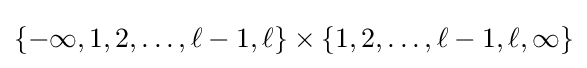
\{-\infty ,1,2,\ldots ,\ell -1,\ell \}\times \{1,2,\ldots ,\ell -1,\ell ,\infty \}